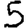
Digit: 5